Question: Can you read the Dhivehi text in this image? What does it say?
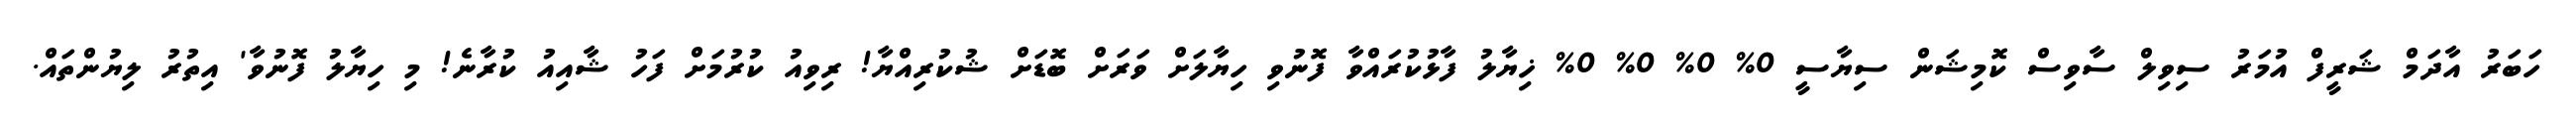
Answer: ހަބަރު އާދަމް ޝަރީފް އުމަރު ސިވިލް ސާވިސް ކޮމިޝަން ސިޔާސީ 0% 0% 0% 0% ޚިޔާލު ފާޅުކުރައްވާ ފޮނުވި ހިޔާލަށް ވަރަށް ބޮޑަށް ޝުކުރިއްޔާ! ރިވިއު ކުރުމަށް ފަހު ޝާއިއު ކުރާނެ! މި ހިޔާލު ފޮނުވާ' އިތުރު ލިޔުންތައް.